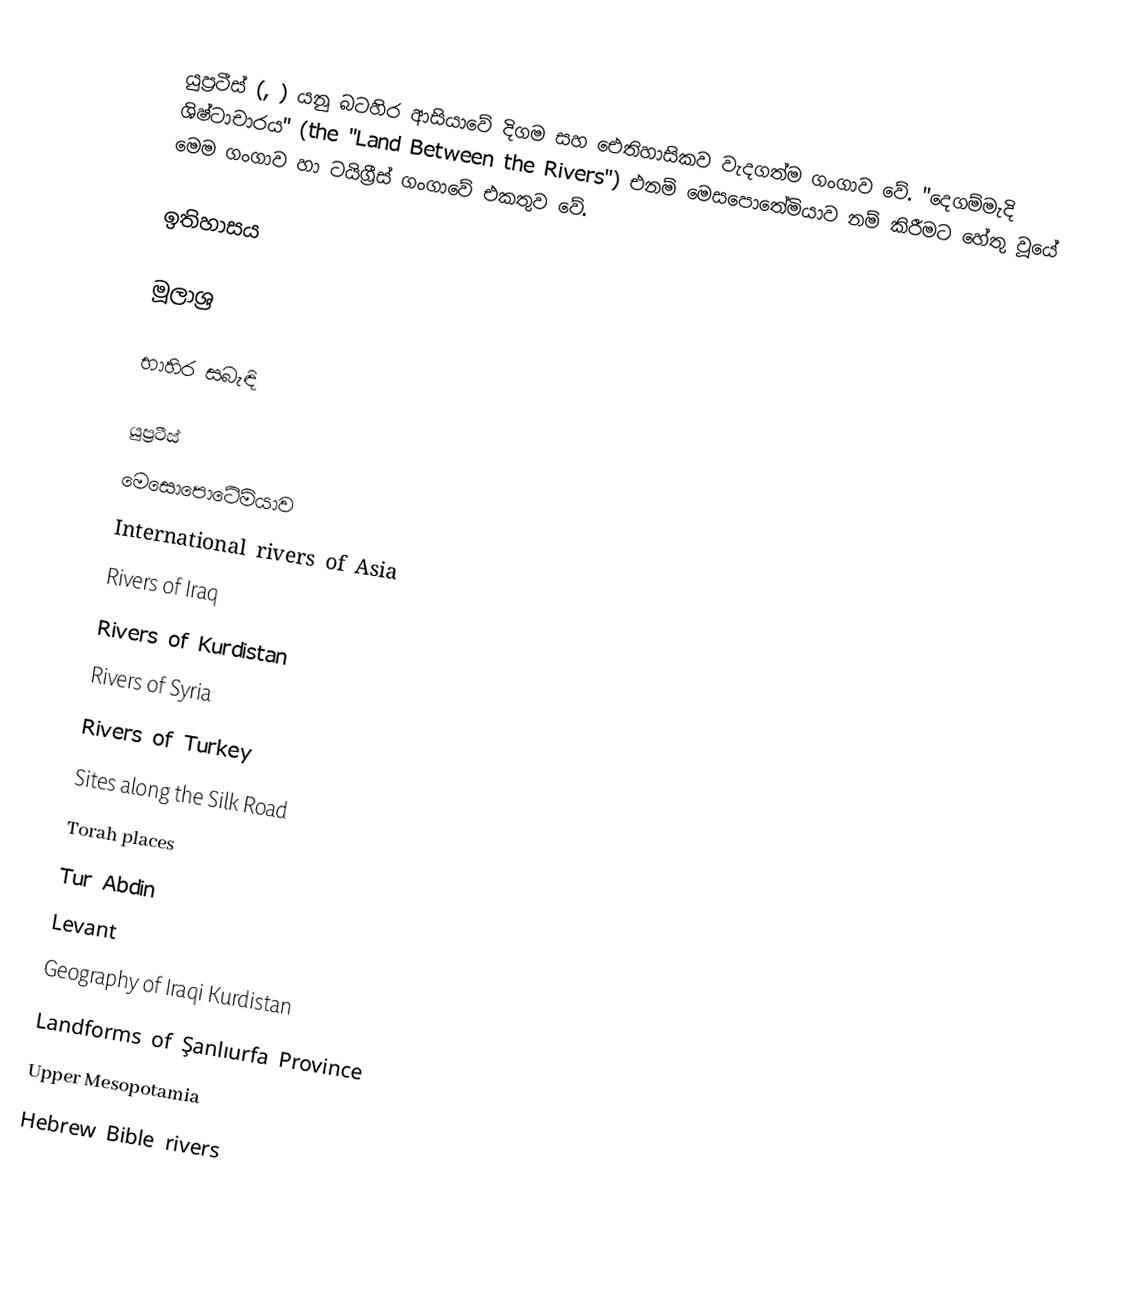
යුප්‍රටීස් (, ) යනු බටහිර ආසියාවේ දිගම සහ ඓතිහාසිකව වැදගත්ම ගංගාව වේ. "දෙගම්මැදි ශිෂ්ටාචාරය" (the "Land Between the Rivers") එනම් මෙසපොතේමියාව නම් කිරීමට හේතු වූයේ මෙම ගංගාව හා ටයිග්‍රීස් ගංගාවේ එකතුව වේ.

ඉතිහාසය

මූලාශ්‍ර

භාහිර සබැඳි

යුප්‍රටීස්
මෙසොපොටේමියාව
International rivers of Asia
Rivers of Iraq
Rivers of Kurdistan
Rivers of Syria
Rivers of Turkey
Sites along the Silk Road
Torah places
Tur Abdin
Levant
Geography of Iraqi Kurdistan
Landforms of Şanlıurfa Province
Upper Mesopotamia
Hebrew Bible rivers